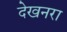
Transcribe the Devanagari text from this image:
देखनरा